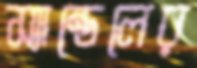
স্যান্ডেলের